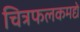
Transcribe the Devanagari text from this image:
चित्रफलकमद्ये